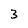
Character: 3